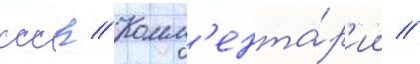
ссср // Комм'ента́р'ии //